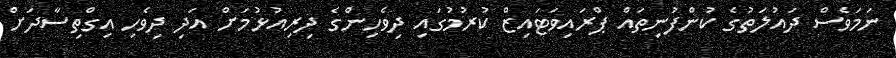
ނަމަވެސް ދައުލަތުގެ ކުންފުނިތައް ޕްރައިވަޓައިޒް ކުރުމުގައި ދިވެހިންގެ ދިރިއުޅުމަށް އަދި ދިވެހި އިގްތިސާދަށް